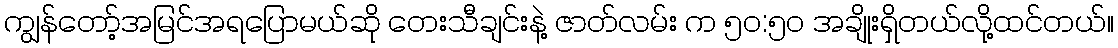
ကျွန်တော့်အမြင်အရပြောမယ်ဆို တေးသီချင်းနဲ့ ဇာတ်လမ်း က ၅၀:၅၀ အချိုးရှိတယ်လို့ထင်တယ်။